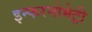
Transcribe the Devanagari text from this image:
इन्फरनोमेट्री